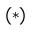
^ { ( * ) }